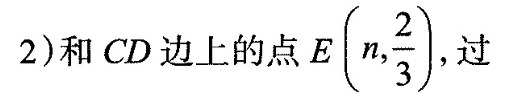
2)和CD边上的点E E(n, \frac{2}{3})过